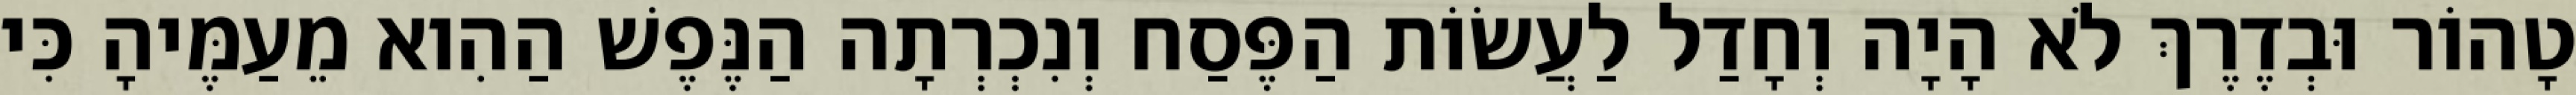
טָהוֹר וּבְדֶרֶךְ לֹא הָיָה וְחָדַל לַעֲשׂוֹת הַפֶּסַח וְנִכְרְתָה הַנֶּפֶשׁ הַהִוא מֵעַמֶּיהָ כִּי